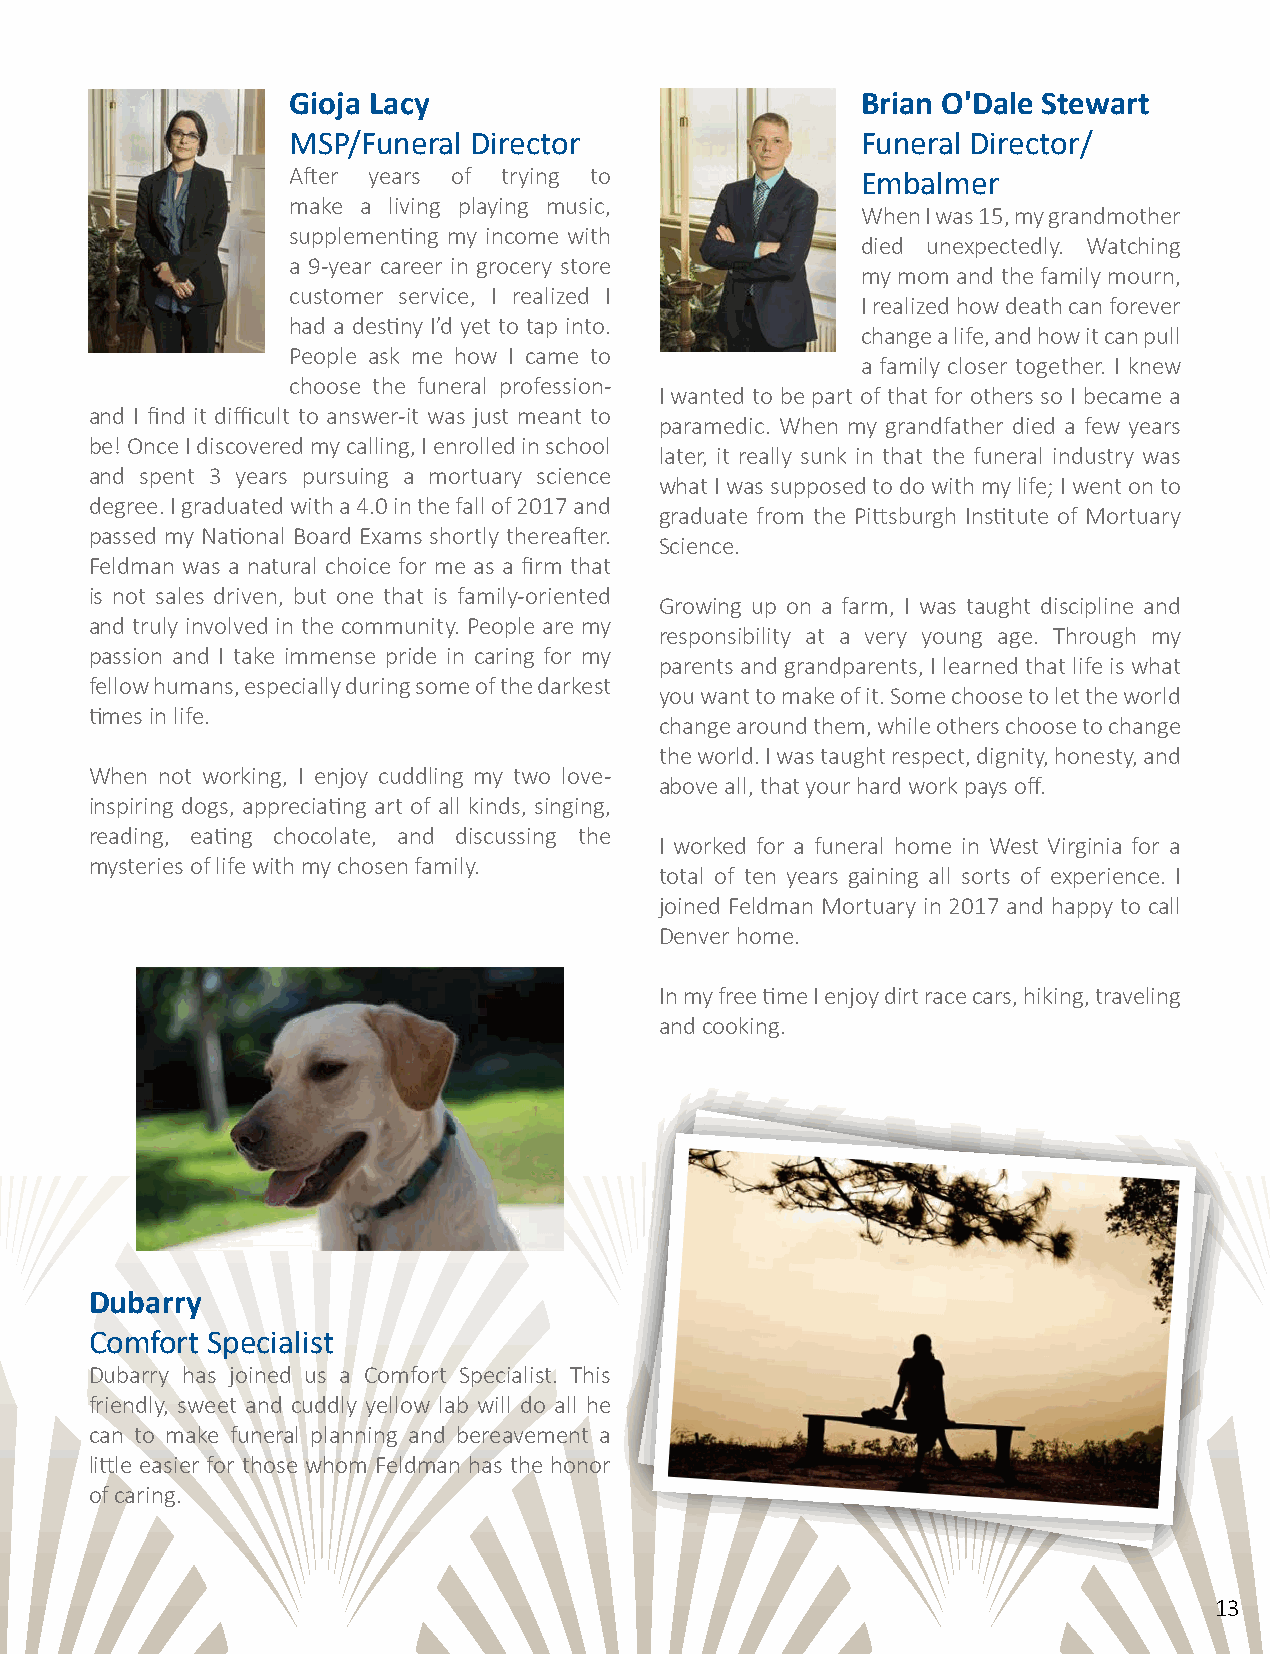
Gioja Lacy                            Brian O'Dale Stewart
 MSP/Funeral Director                  Funeral Director/
 After years of trying to              Embalmer
 make a living playing music,
 When I was 15, my grandmother
 supplementing my income with
 died unexpectedly. Watching
 a 9-year career in grocery store
 my mom and the family mourn,
 customer service, I realized I
 I realized how death can forever
 had a destiny I’d yet to tap into.
 change a life, and how it can pull
 People ask me how I came to
 a family closer together. I knew
 choose the funeral profession-
 I wanted to be part of that for others so I became a
 and I find it difficult to answer-it was just meant to
 paramedic. When my grandfather died a few years
 be! Once I discovered my calling, I enrolled in school
 later, it really sunk in that the funeral industry was
 and spent 3 years pursuing a mortuary science
 what I was supposed to do with my life; I went on to
 degree. I graduated with a 4.0 in the fall of 2017 and
 graduate from the Pittsburgh Institute of Mortuary
 passed my National Board Exams shortly thereafter.
 Science.
 Feldman was a natural choice for me as a firm that
 is not sales driven, but one that is family-oriented
 Growing up on a farm, I was taught discipline and
 and truly involved in the community. People are my
 responsibility at a very young age. Through my
 passion and I take immense pride in caring for my
 parents and grandparents, I learned that life is what
 fellow humans, especially during some of the darkest
 you want to make of it. Some choose to let the world
 times in life.
 change around them, while others choose to change
 the world. I was taught respect, dignity, honesty, and
 When not working, I enjoy cuddling my two love-
 above all, that your hard work pays off.
 inspiring dogs, appreciating art of all kinds, singing,
 reading, eating chocolate, and discussing the
 I worked for a funeral home in West Virginia for a
 mysteries of life with my chosen family.
 total of ten years gaining all sorts of experience. I
 joined Feldman Mortuary in 2017 and happy to call
 Denver home.
 In my free time I enjoy dirt race cars, hiking, traveling
 and cooking.
 Dubarry
 Comfort Specialist
 Dubarry has joined us a Comfort Specialist. This
 friendly, sweet and cuddly yellow lab will do all he
 can to make funeral planning and bereavement a
 little easier for those whom Feldman has the honor
 of caring.
 13